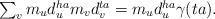
LaTeX: \begin{align*}\textstyle \sum_v m_u d^{ha}_u m_v d^{ta}_v = m_u d^{ha}_u \gamma(ta).\end{align*}